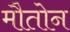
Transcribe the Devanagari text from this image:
मौतोन